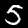
Digit: 5